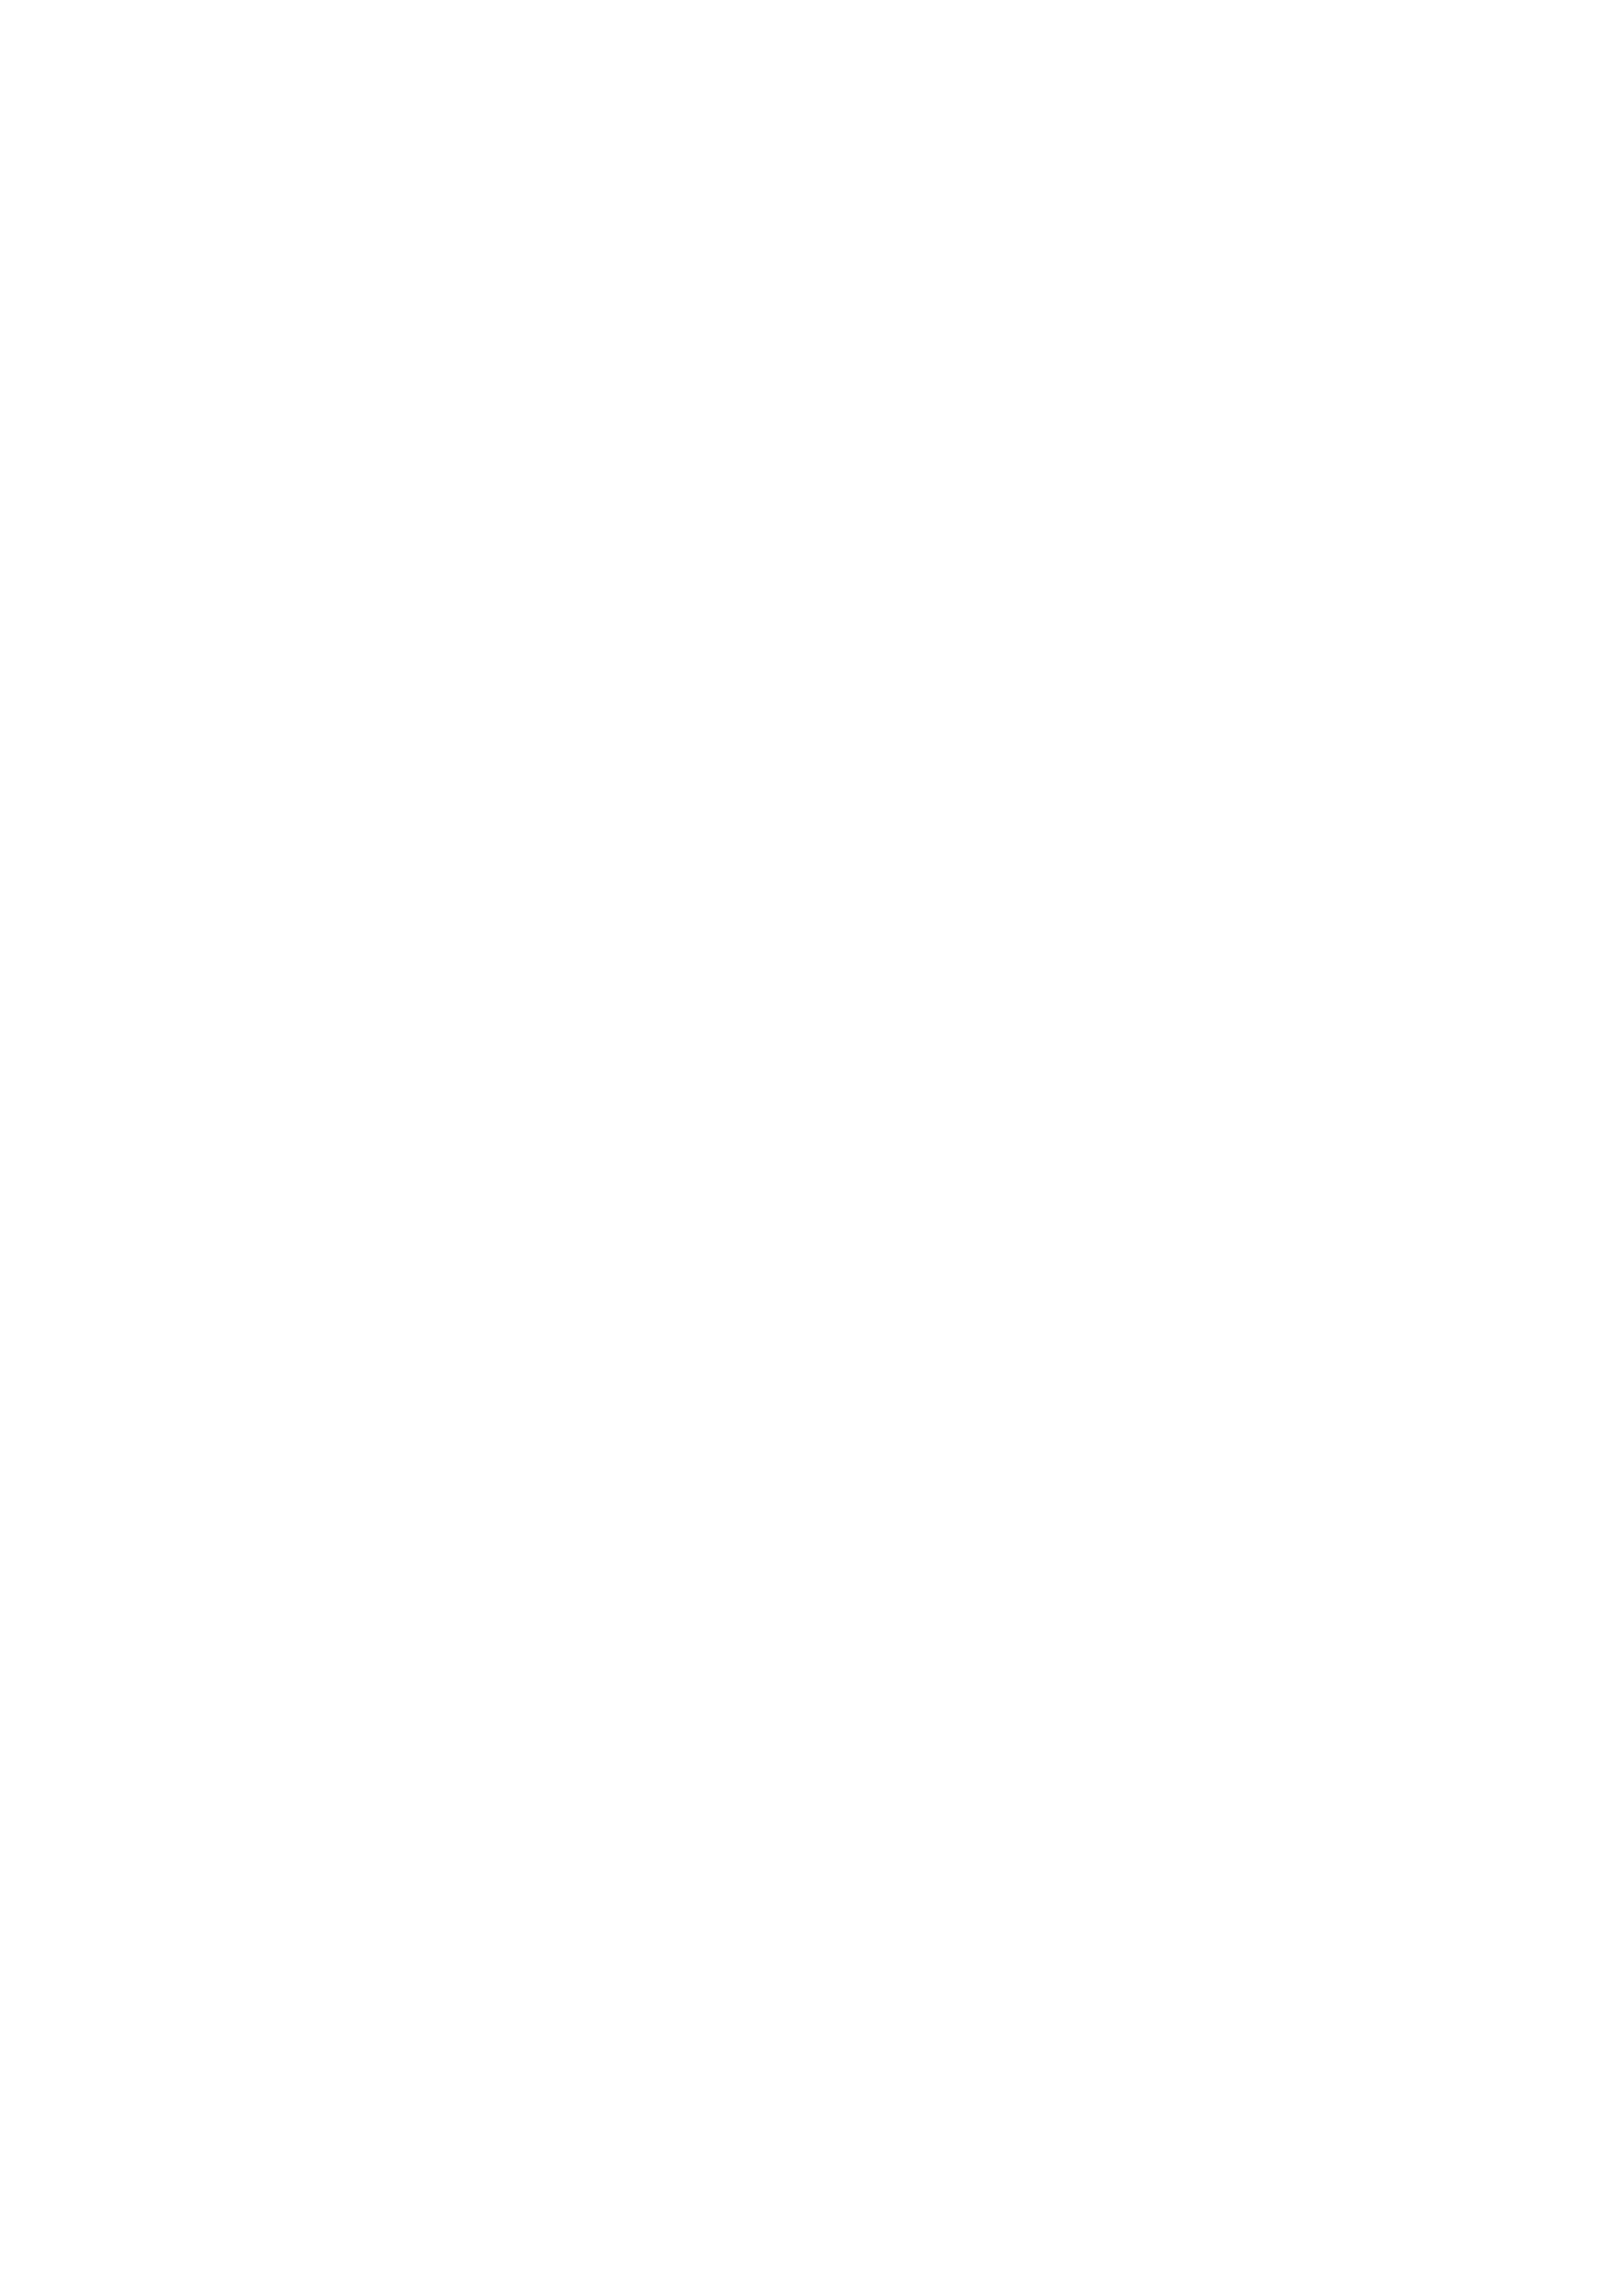
\vspace{30pt}\special{psfile=3-5.ps}